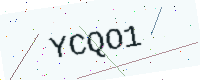
Text: YCQO1